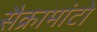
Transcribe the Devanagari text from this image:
सैक्रामांटो